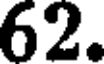
62.